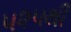
૫૨૫થી